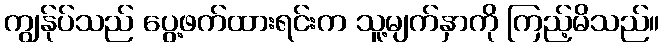
ကျွန်ုပ်သည် ပွေ့ဖက်ထားရင်းက သူ့မျက်နှာကို ကြည့်မိသည်။